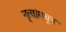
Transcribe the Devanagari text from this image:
नृत्यांमधून